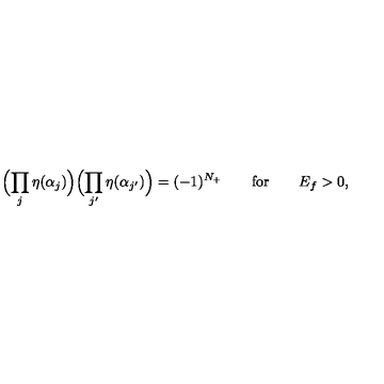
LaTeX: \Bigl ( \prod _ { j } \eta ( \alpha _ { j } ) \Bigr ) \Bigl ( \prod _ { j ^ { \prime } } \eta ( \alpha _ { j ^ { \prime } } ) \Bigr ) = ( - 1 ) ^ { N _ { + } } \qquad \mathrm { f o r } \qquad E _ { f } > 0 ,